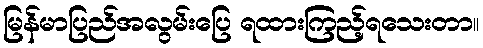
မြန်မာပြည်အလွမ်းပြေ ရထားကြည့်ရသေးတာ။